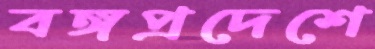
বঙ্গপ্রদেশে